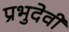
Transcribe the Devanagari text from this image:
प्रभुदेवी